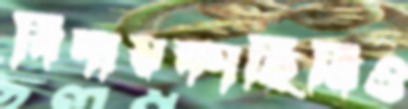
বিদায়কাহিনিও